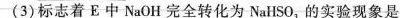
(3)标志着E中NaOH完全转化为NaHSO_{3}的实验现象是